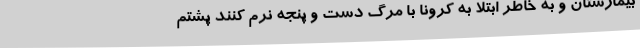
بیمارستان و به خاطر ابتلا به کرونا با مرگ دست و پنجه نرم کنند پشتم